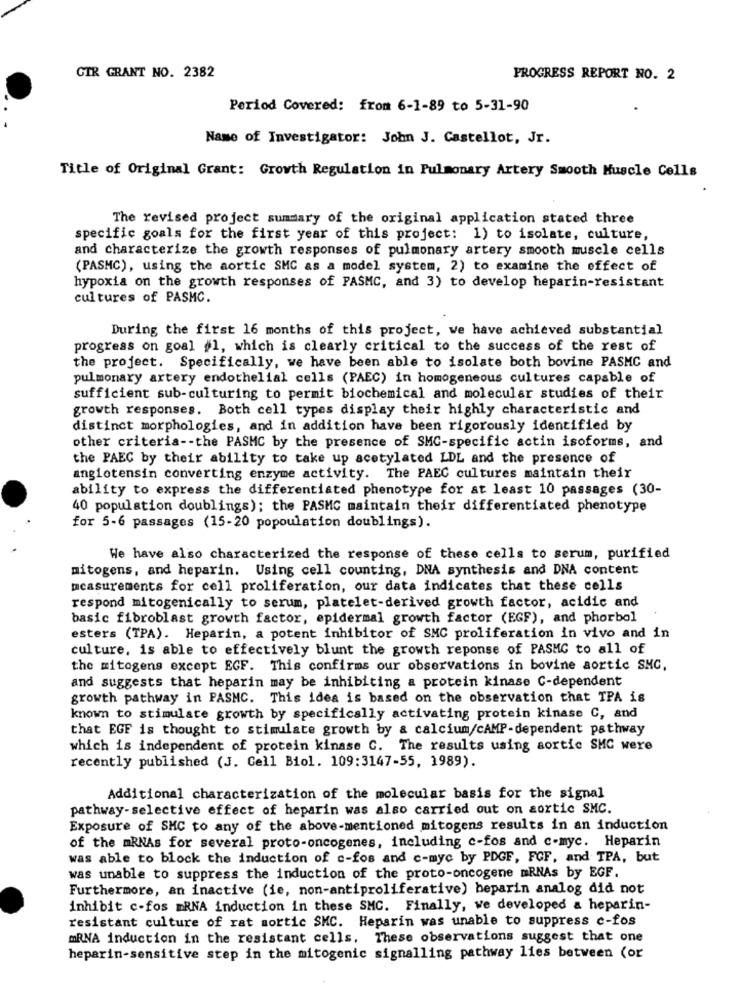
CIR GRANT NO. 2382
PROGRESS REPORT NO. 2
Period Covered: from 6-1-89 to 5-31-90
Name of Investigator: John J. Castellot, Jr.
Title of Original Grant: Growth Regulation in Pulmonary Artery Smooth Muscle Cells
The revised project summary of the original application stated three
specific goals for the first year of this project: 1) to isolate, culture,
and characterize the growth responses of pulmonary artery smooth muscle cells
(PASMC), using the aortic SMC as a model system, 2) to examine the effect of
hypoxia on the growth responses of PASMC, and 3) to develop heparin-resistant
cultures of PASMC.
During the first 16 months of this project, we have achieved substantial
progress on goal #1, which is clearly critical to the success of the rest of
the project. Specifically, we have been able to isolate both bovine PASMC and
pulmonary artery endothelial cells (PAEC) in homogeneous cultures capable of
sufficient sub-culturing to permit biochemical and molecular studies of their
growth responses. Both cell types display their highly characteristic and
distinct morphologies, and in addition have been rigorously identified by
other criteria -- the PASMC by the presence of SMC-specific actin isoforms, and
the PAEC by their ability to take up acetylated LDL and the presence of
angiotensin converting enzyme activity. The PAEC cultures maintain their
ability to express the differentiated phenotype for at least 10 passages (30-
40 population doublings); the PASMC maintain their differentiated phenotype
for 5-6 passages (15-20 popoulation doublings).
We have also characterized the response of these cells to serum, purified
mitogens, and heparin. Using cell counting, DNA synthesis and DNA content
measurements for cell proliferation, our data indicates that these cells
respond mitogenically to serum, platelet-derived growth factor, acidic and
basic fibroblast growth factor, epidermal growth factor (EGF), and phorbol
esters (TPA). Heparin, a potent inhibitor of SMC proliferation in vivo and in
culture, is able to effectively blunt the growth reponse of PASMG to all of
the mitogens except EGF. This confirms our observations in bovine aortic SNC,
and suggests that heparin may be inhibiting a protein kinase C-dependent
growth pathway in PASMC. This idea is based on the observation that TPA is
known to stimulate growth by specifically activating protein kinase C, and
that EGF is thought to stimulate growth by & calcium/cAMP-dependent pathway
which is independent of protein kinase C. The results using aortic SMC were
recently published (J. Cell Biol. 109:3147-55, 1989).
Additional characterization of the molecular basis for the signal
pathway-selective effect of heparin was also carried out on aortic SMC.
Exposure of SMC to any of the above-mentioned mitogens results in an induction
of the mRNAs for several proto-oncogenes, including c-fos and c-myc. Heparin
was able to block the induction of c-fos and c-myc by PDGF, FCF, and TPA, but
was unable to suppress the induction of the proto-oncogene mRNAs by EGF.
Furthermore, an inactive (ie, non-antiproliferative) heparin analog did not
inhibit c-fos mRNA induction in these SMC. Finally, we developed a heparin-
resistant culture of rat mortic SKC. Heparin was unable to suppress c-fos
mRNA induction in the resistant cells. These observations suggest that one
heparin-sensitive step in the mitogenic signalling pathway lies between (or